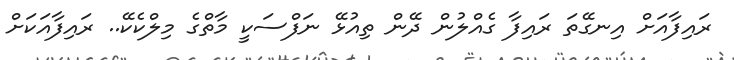
ރައިފާއަށް އިނގޭތަ ރައިފާ ގެއްލުން ދޭން ތިއުޅޭ ނަފްސަކީ މާތްގެ މިލްކެކޭ.. ރައިފާއަކަށް